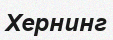
Хернинг